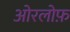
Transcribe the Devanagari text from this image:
ओरलोफ़